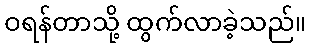
ဝရန်တာသို့ ထွက်လာခဲ့သည်။